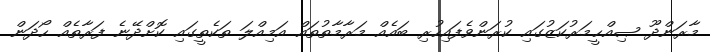
މާރަންދޫ ޞިއްޙީމަރުކަޒުގައި ކުރަންވެފައިހުރި ބައެއް މަރާމާތުތައް އަމިއްލަ ތަކެތީގައި ކޮށްދޭނެ ފަރާތެއް ހޯދަން